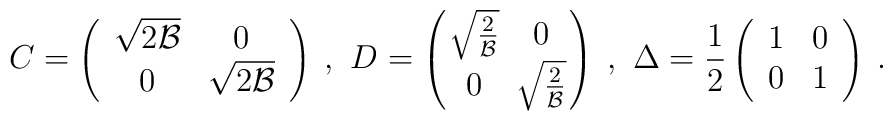
C=\left(\begin{array}{cc}\sqrt{2{\mathcal{B}}}&0\\0&\sqrt{2{\mathcal{B}}}\end{array}\right)\hspace{0.1cm},\hspace{0.15cm}D=\left(\!\begin{array}{cc}\!\sqrt{\frac{2}{{\mathcal{B}}}}\!&0\\0&\!\sqrt{\frac{2}{{\mathcal{B}}}}\!\end{array}\!\right)\hspace{0.1cm},\hspace{0.15cm}\Delta=\frac{1}{2}\left(\begin{array}{cc}1&0\\0&1\end{array}\right)\hspace{0.1cm}.